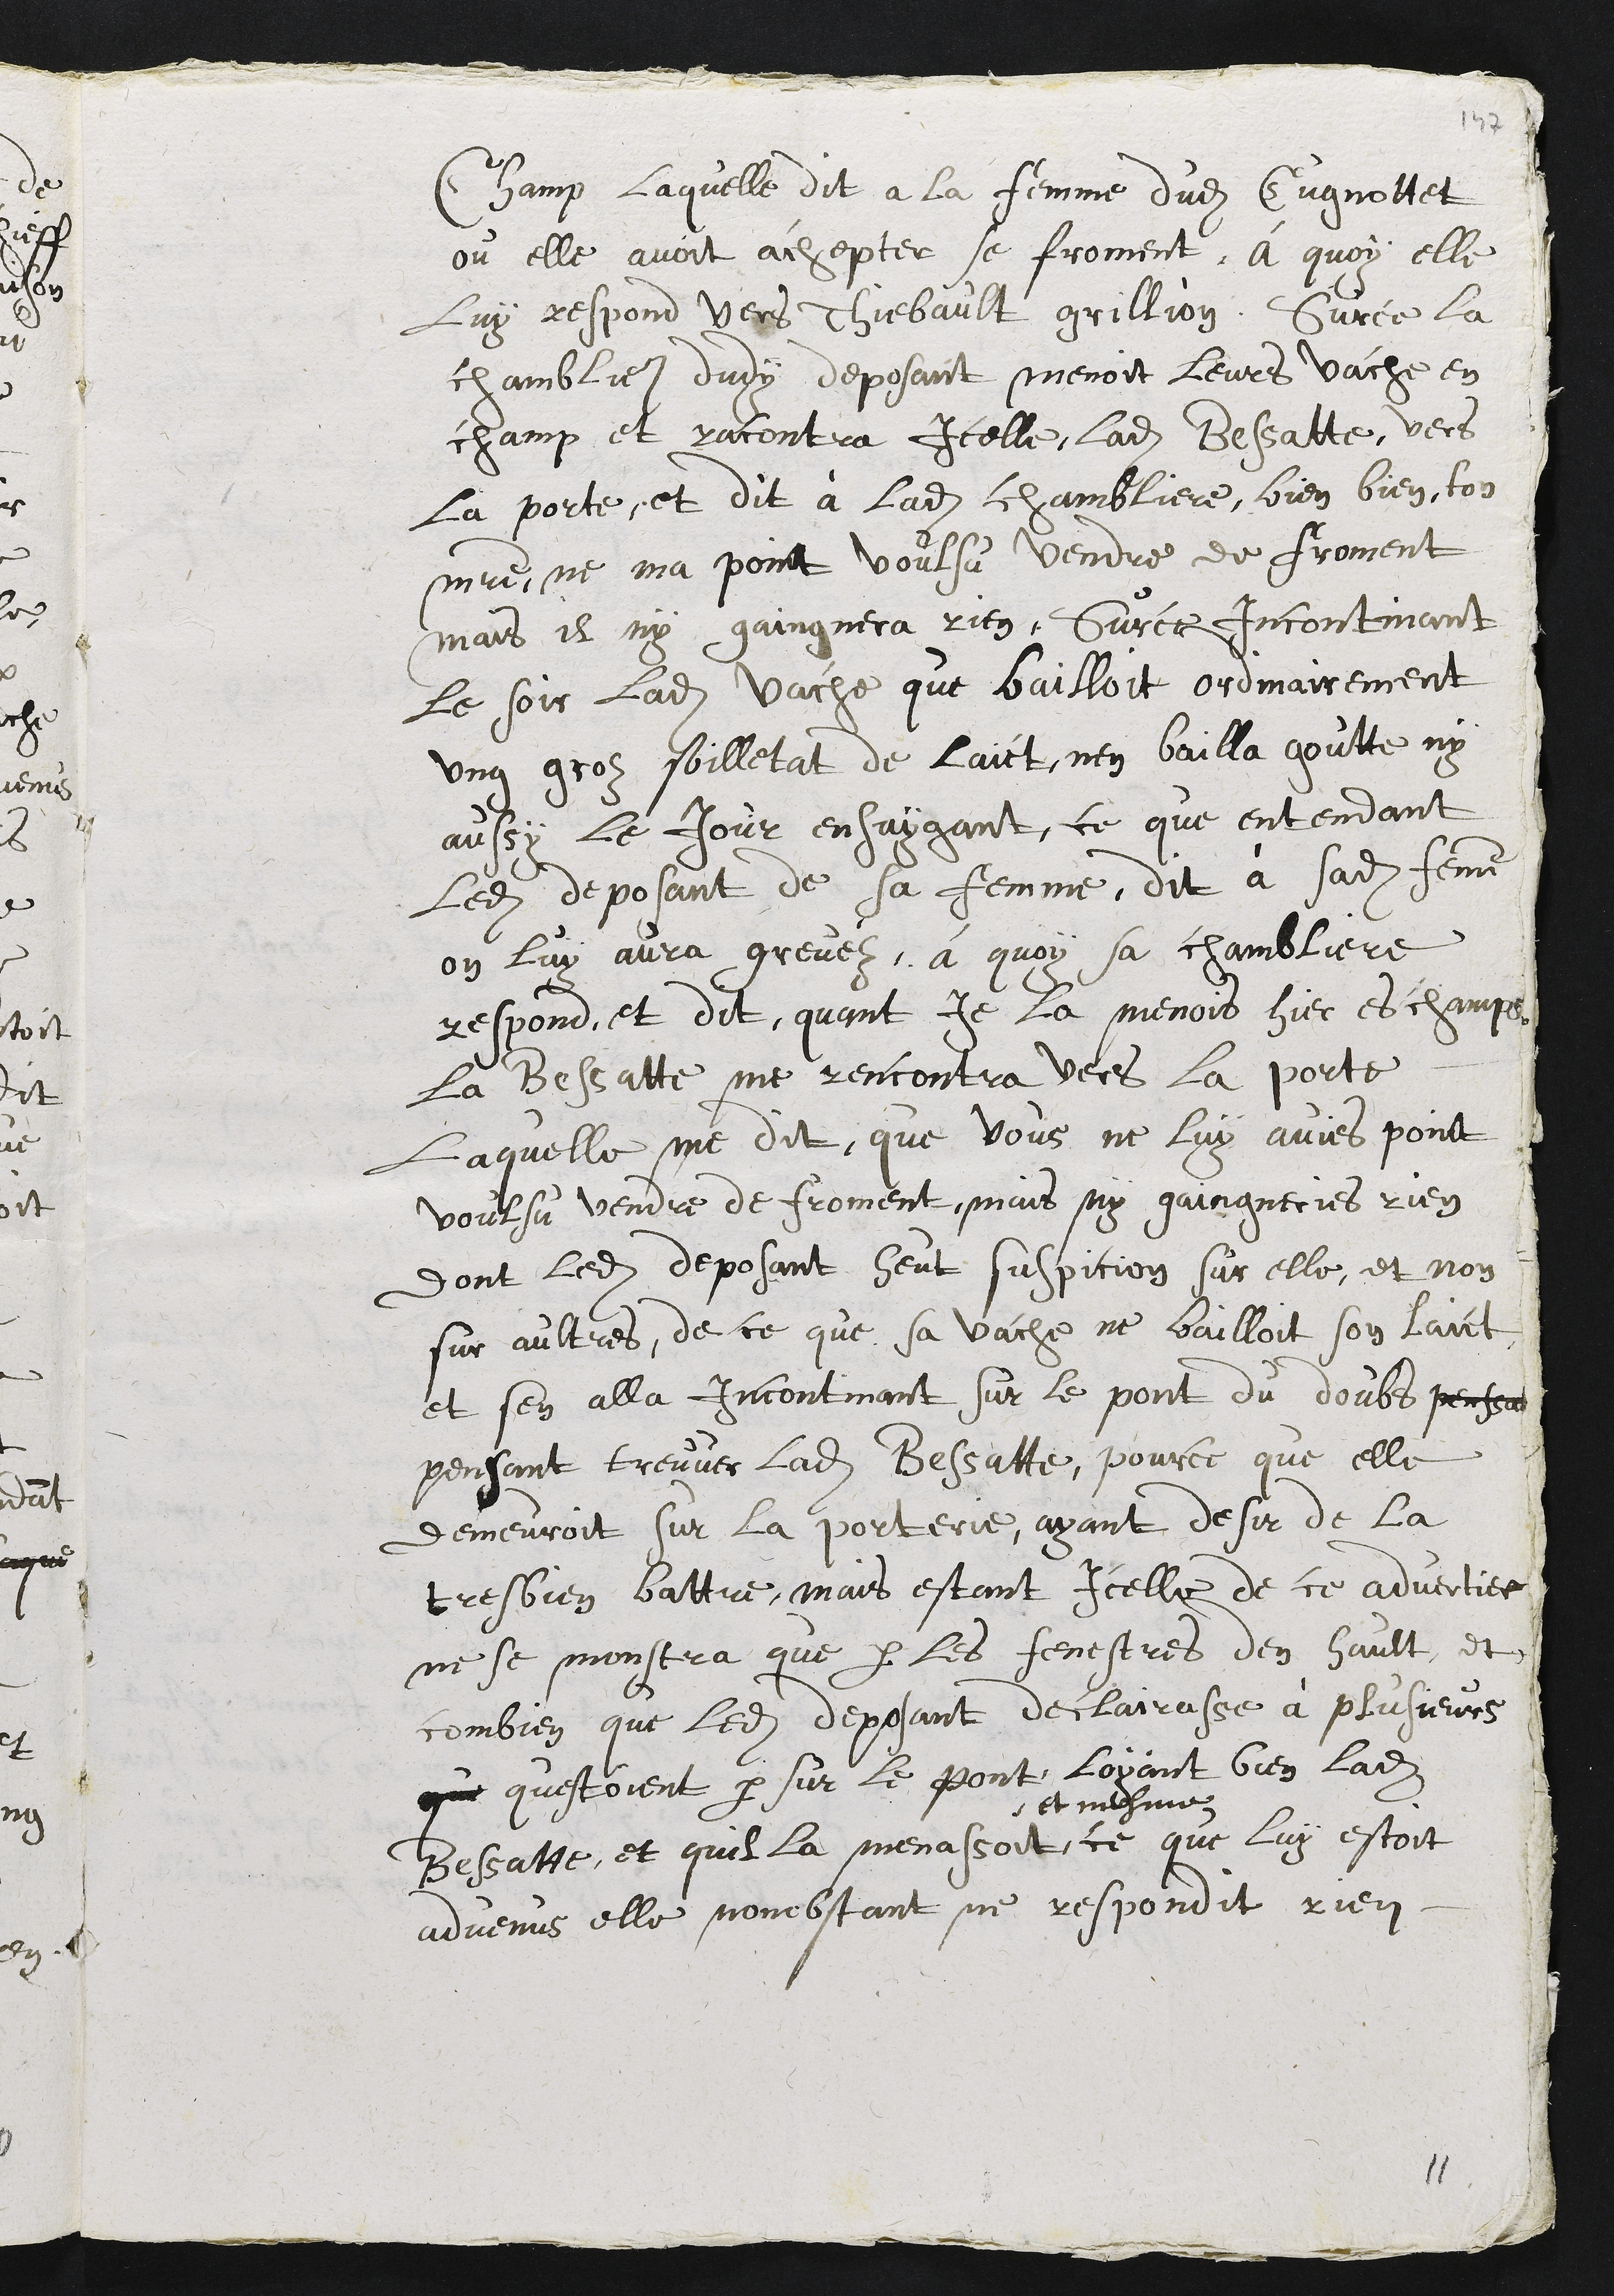
champ, laquelle dit à la femme dudit Cugnotet
où elle avait acheté le froment. A quoi elle
lui répond : "Vers Thibaud Grillon". Sur ce, la
chamblière dudit déposant menait leurs vaches en
champ et rencontra icelle ladite Bessatte vers
la porte, et dit à ladite chamblière : "Bien, bien, ton
maître n*a point voulu me vendre de froment,
mais il n'y gagnera rien". Sur ce, incontinent
le soir, ladite vache qui baillait ordinairement
un gros soilletat de lait, n'en bailla goutte, ni
aussi le jour suivant. Ce qu'entendant
ledit déposant de sa femme, dit à sadite femme
qu'on lui avait grevé. A quoi sa chamblière
répond et dit, "Quand je la menais hier es champs,
la Bessatte me rencontra vers la porte,
laquelle me dit que vous ne lui aviez point
voulu vendre de froment, mais n'y gagneriez rien".
dont ledit déposant eut suspicion sur, elle, et non
sur d'autres, de ce que sa vache ne baillait son lait.
Et s'en alla incontinent sur le pont du Doubs,
pensant trouver ladite Bessatte, parce qu'elle
demeurait sur la porterie, ayant désir de la
très bien battre. Mais était icelle de ce avertie,
ne se montra que par les fenêtres d'en haut, et
combien que ledit déposant déclara à plusieurs
qui étaient par sur le pont,
et mesme
l'ayant bien ladite
Bessatte, et qu'il la menaçait, ce que lui était
advenu, elle nonobstant ne répondit rien.